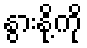
နွားနို့ကို